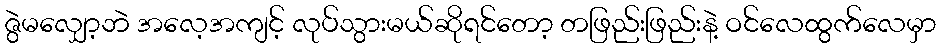
ဇွဲမလျှော့ဘဲ အလေ့အကျင့် လုပ်သွားမယ်ဆိုရင်တော့ တဖြည်းဖြည်းနဲ့ ဝင်လေထွက်လေမှာ